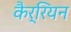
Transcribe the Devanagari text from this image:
कैर्रियन